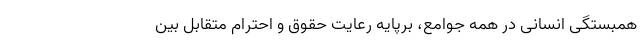
همبستگی انسانی در همه جوامع، برپایه رعایت حقوق و احترام متقابل بین